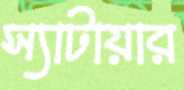
স্যাটায়ার